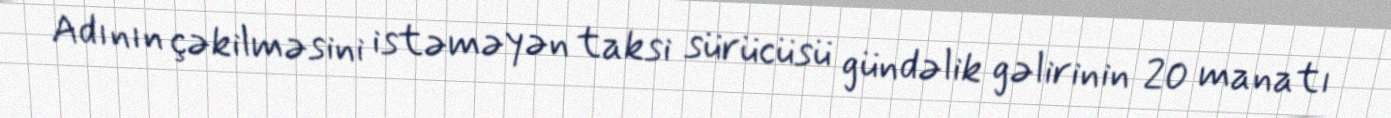
Adının çəkilməsini istəməyən taksi sürücüsü gündəlik gəlirinin 20 manatı